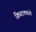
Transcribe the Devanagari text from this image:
क्रिस्टलवाले